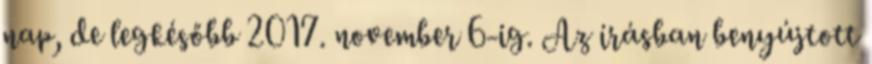
nap, de legkésőbb 2017. november 6-ig. Az írásban benyújtott